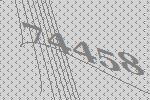
74458